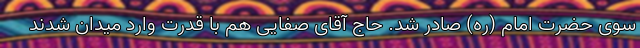
سوی حضرت امام (ره) صادر شد. حاج آقای صفایی هم با قدرت وارد میدان شدند